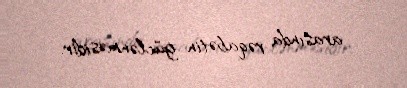
arasında rəqabətin güclənməsidir.